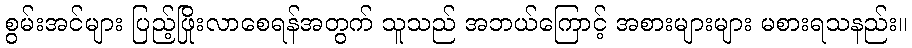
စွမ်းအင်များ ပြည့်ဖြိုးလာစေရန်အတွက် သူသည် အဘယ်ကြောင့် အစားများများ မစားရသနည်း။